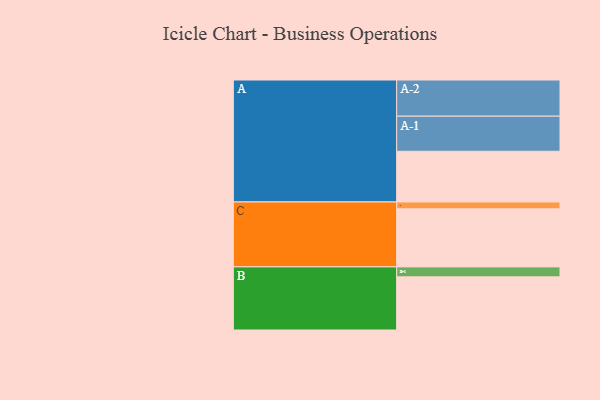
{"axis": {"x": "Segment", "y": "Value"}, "legend": ["", "A", "B", "C"], "data": [{"x": "A", "y": 391, "type": ""}, {"x": "B", "y": 410, "type": ""}, {"x": "C", "y": 448, "type": ""}, {"x": "A-1", "y": 271, "type": "A"}, {"x": "A-2", "y": 279, "type": "A"}, {"x": "B-1", "y": 77, "type": "B"}, {"x": "C-1", "y": 53, "type": "C"}]}